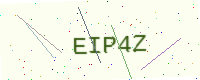
Text: EIP4Z